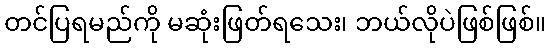
တင်ပြရမည်ကို မဆုံးဖြတ်ရသေး၊ ဘယ်လိုပဲဖြစ်ဖြစ်။